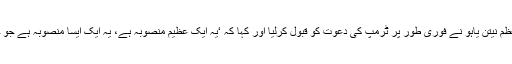
دوسری جانب اسرائیلی وزیراعظم نیتن یاہو نے فوری طور پر ٹرمپ کی دعوت کو قبول کرلیا اور کہا کہ ‘یہ ایک عظیم منصوبہ ہے، یہ ایک ایسا منصوبہ ہے جو حقیقی معنوں میں کارآمد ہوگا’۔